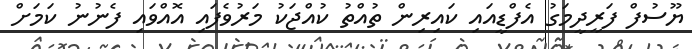
ޔޫސުފް ފަރީދީމަގު އެފްޑީއައި ކައިރިން ތުއްތު ކުއްޖަކު މަރުވެފައި އޮއްވައި ފެނުނު ކަމަށް